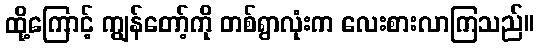
ထို့ကြောင့် ကျွန်တော့်ကို တစ်ရွာလုံးက လေးစားလာကြသည်။